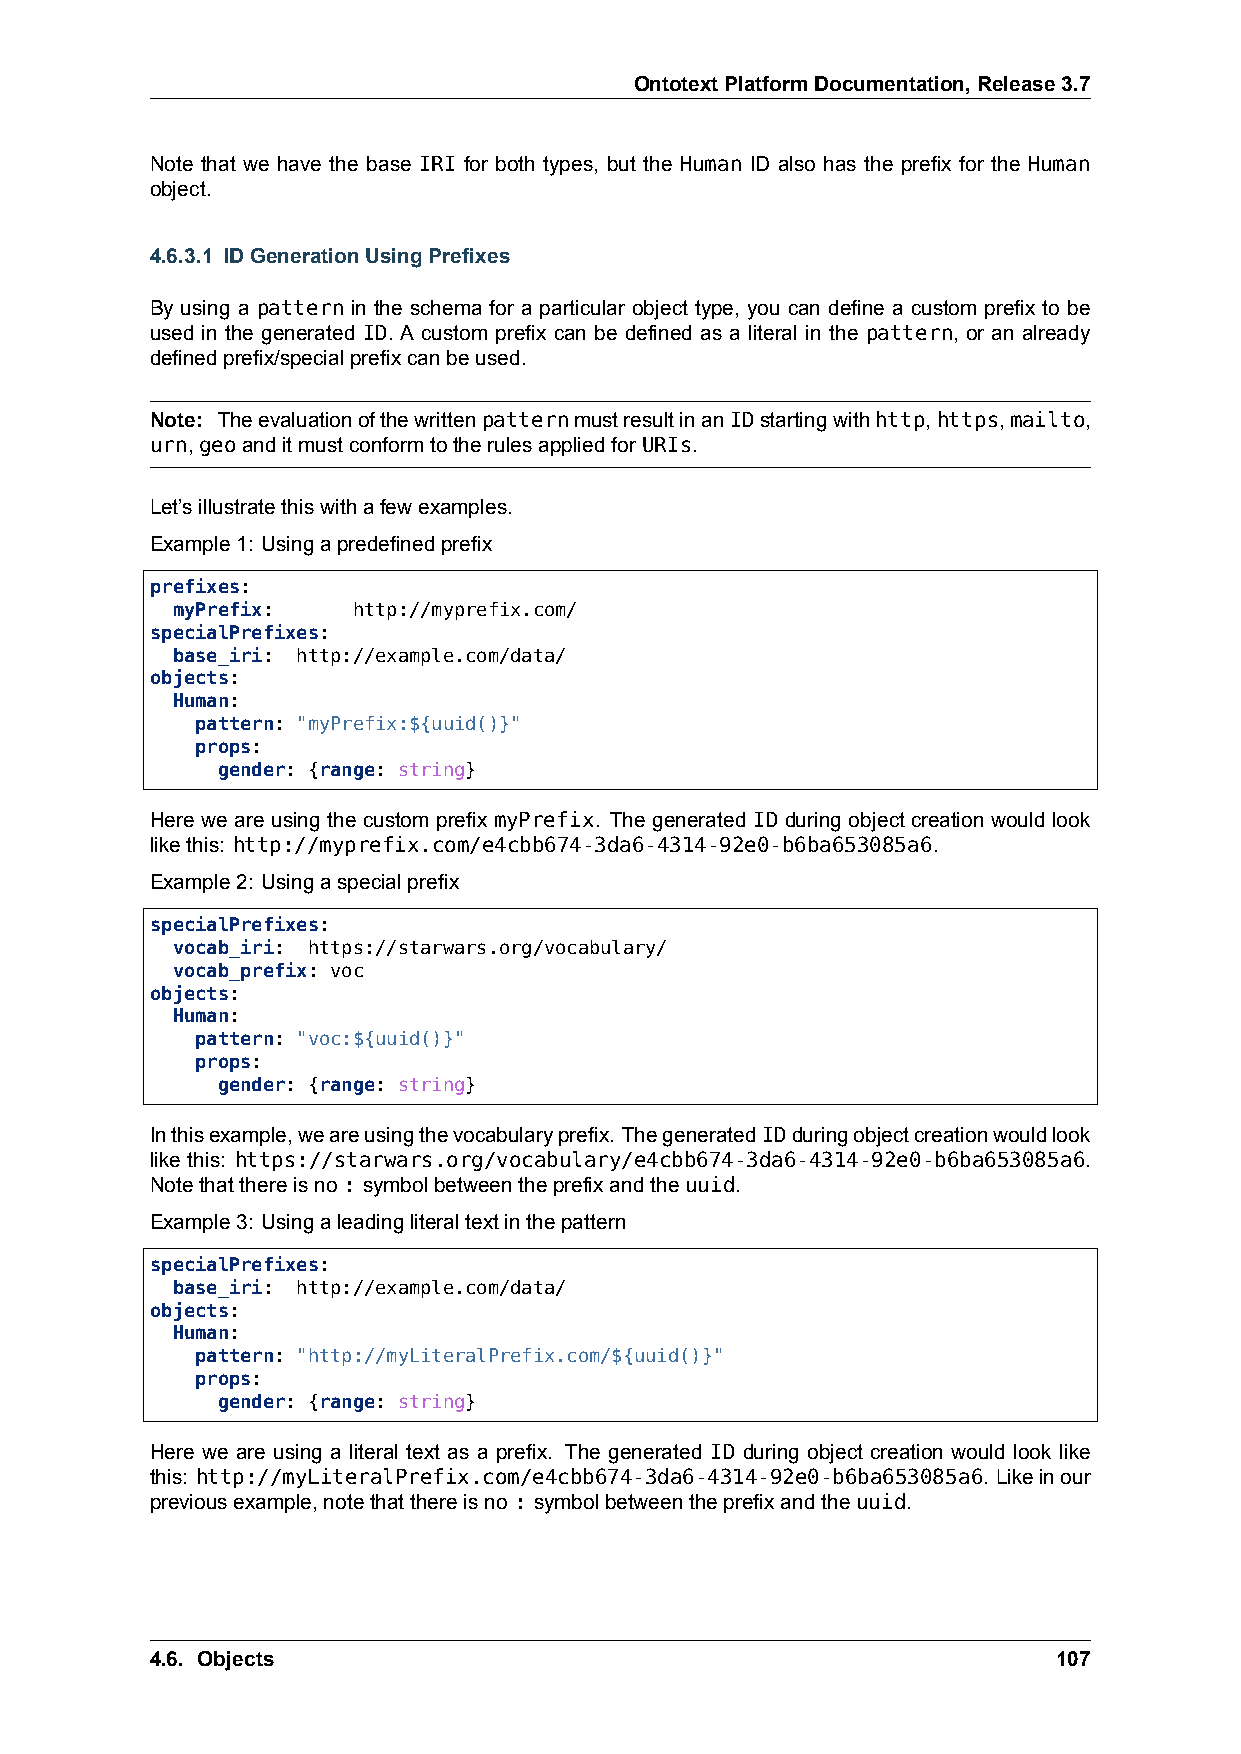
OntotextPlatformDocumentation,Release3.7
 Note that we have the base IRI for both types, but the Human ID also has the prefix for the Human
 object.
 4.6.3.1 IDGenerationUsingPrefixes
 By using a pattern in the schema for a particular object type, you can define a custom prefix to be
 used in the generated ID. A custom prefix can be defined as a literal in the pattern, or an already
 definedprefix/specialprefixcanbeused.
 Note: TheevaluationofthewrittenpatternmustresultinanIDstartingwithhttp,https,mailto,
 urn,geoanditmustconformtotherulesappliedforURIs.
 Let’sillustratethiswithafewexamples.
 Example1: Usingapredefinedprefix
 prefixes:
 myPrefix:   http://myprefix.com/
 specialPrefixes:
 base_iri: http://example.com/data/
 objects:
 Human:
 pattern: "myPrefix:${uuid()}"
 props:
 gender: {range: string}
 Here we are using the custom prefix myPrefix. The generated ID during object creation would look
 likethis: http://myprefix.com/e4cbb674-3da6-4314-92e0-b6ba653085a6.
 Example2: Usingaspecialprefix
 specialPrefixes:
 vocab_iri: https://starwars.org/vocabulary/
 vocab_prefix: voc
 objects:
 Human:
 pattern: "voc:${uuid()}"
 props:
 gender: {range: string}
 Inthisexample,weareusingthevocabularyprefix. ThegeneratedIDduringobjectcreationwouldlook
 like this: https://starwars.org/vocabulary/e4cbb674-3da6-4314-92e0-b6ba653085a6.
 Notethatthereisno: symbolbetweentheprefixandtheuuid.
 Example3: Usingaleadingliteraltextinthepattern
 specialPrefixes:
 base_iri: http://example.com/data/
 objects:
 Human:
 pattern: "http://myLiteralPrefix.com/${uuid()}"
 props:
 gender: {range: string}
 Here we are using a literal text as a prefix. The generated ID during object creation would look like
 this: http://myLiteralPrefix.com/e4cbb674-3da6-4314-92e0-b6ba653085a6. Likeinour
 previousexample,notethatthereisno: symbolbetweentheprefixandtheuuid.
 4.6. Objects                                                107